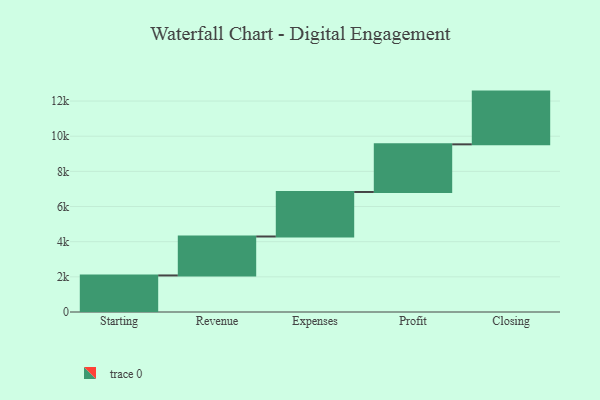
{"axis": {"x": "Step", "y": "Value"}, "legend": [""], "data": [{"x": "Starting", "y": 2079.0, "type": ""}, {"x": "Revenue", "y": 2216.0, "type": ""}, {"x": "Expenses", "y": 2533.0, "type": ""}, {"x": "Profit", "y": 2710.0, "type": ""}, {"x": "Closing", "y": 3000, "type": ""}]}